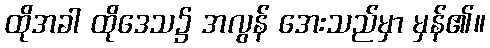
ထိုအခါ ထိုဒေသ၌ အလွန် အေးသည်မှာ မှန်၏။